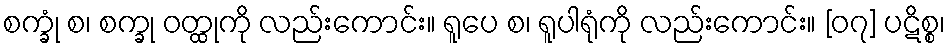
စက္ခုံ စ၊ စက္ခု ဝတ္ထုကို လည်းကောင်း။ ရူပေ စ၊ ရူပါရုံကို လည်းကောင်း။ [၀၇] ပဋိစ္စ၊